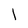
Character: l